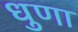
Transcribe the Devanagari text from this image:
धुणा